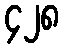
၄၂၈